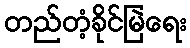
တည်တံ့ခိုင်မြဲရေး